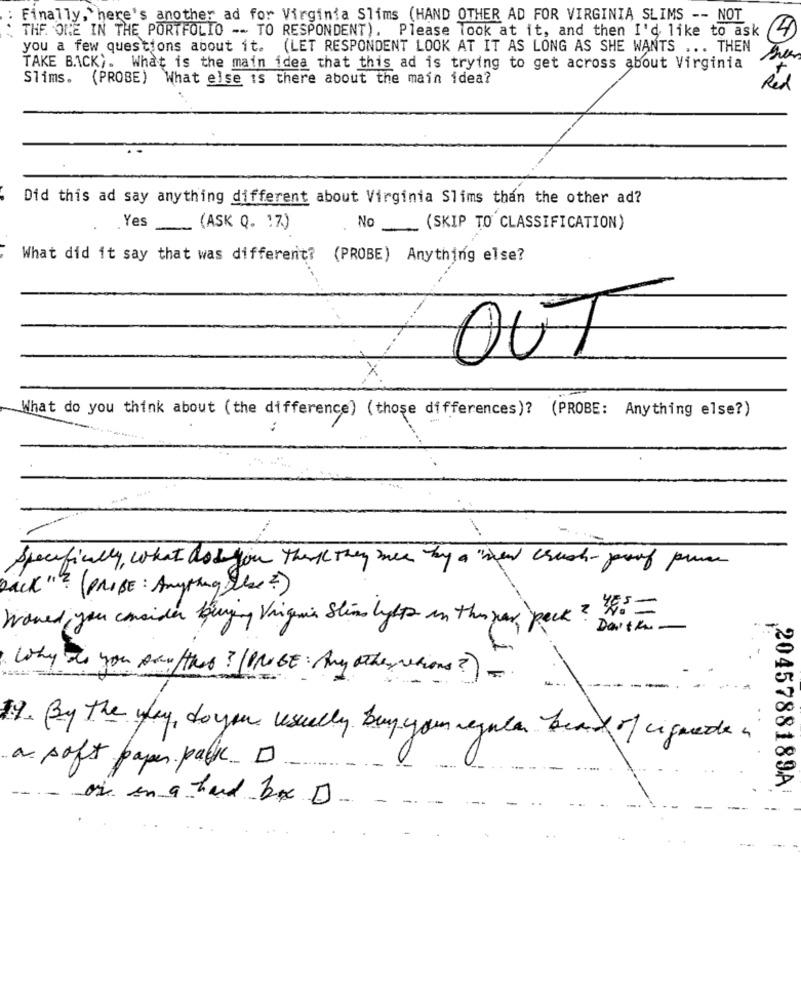
Finally, here's another ad for Virginia Slims (HAND OTHER AD FOR VIRGINIA SLIMS -- NOT
THE ONE IN THE PORTFOLIO -- TO RESPONDENT). Please look at it, and then I'd like to ask
4
you a few questions about it. (LET RESPONDENT LOOK AT IT AS LONG AS SHE WANTS ... THEN
TAKE BACK). What is the main idea that this ad is trying to get across about Virginia
Slims. (PROBE) What else is there about the main idea?
Red
Did this ad say anything different about Virginia Slims than the other ad?
Yes
(ASK Q. 17.)
No (SKIP TO CLASSIFICATION)
What did it say that was different? (PROBE) Anything else?
OUT
X
What do you think about (the difference) (those differences)? (PROBE: Anything else?)
Specifically, what do you think they see by a "man crush-proof price
Pack"? (PRISE : Anything Else ?)
Would you consider buying Virginia Stins lights in theuser peck? "No-
.-
Why do you poufthis ? (PROBE: Any otherserions ?) -
19. By the way, do you usually buy your regular ben of ciqueden
a soft paper pal ...
2045788189A
- air in a hard bx D